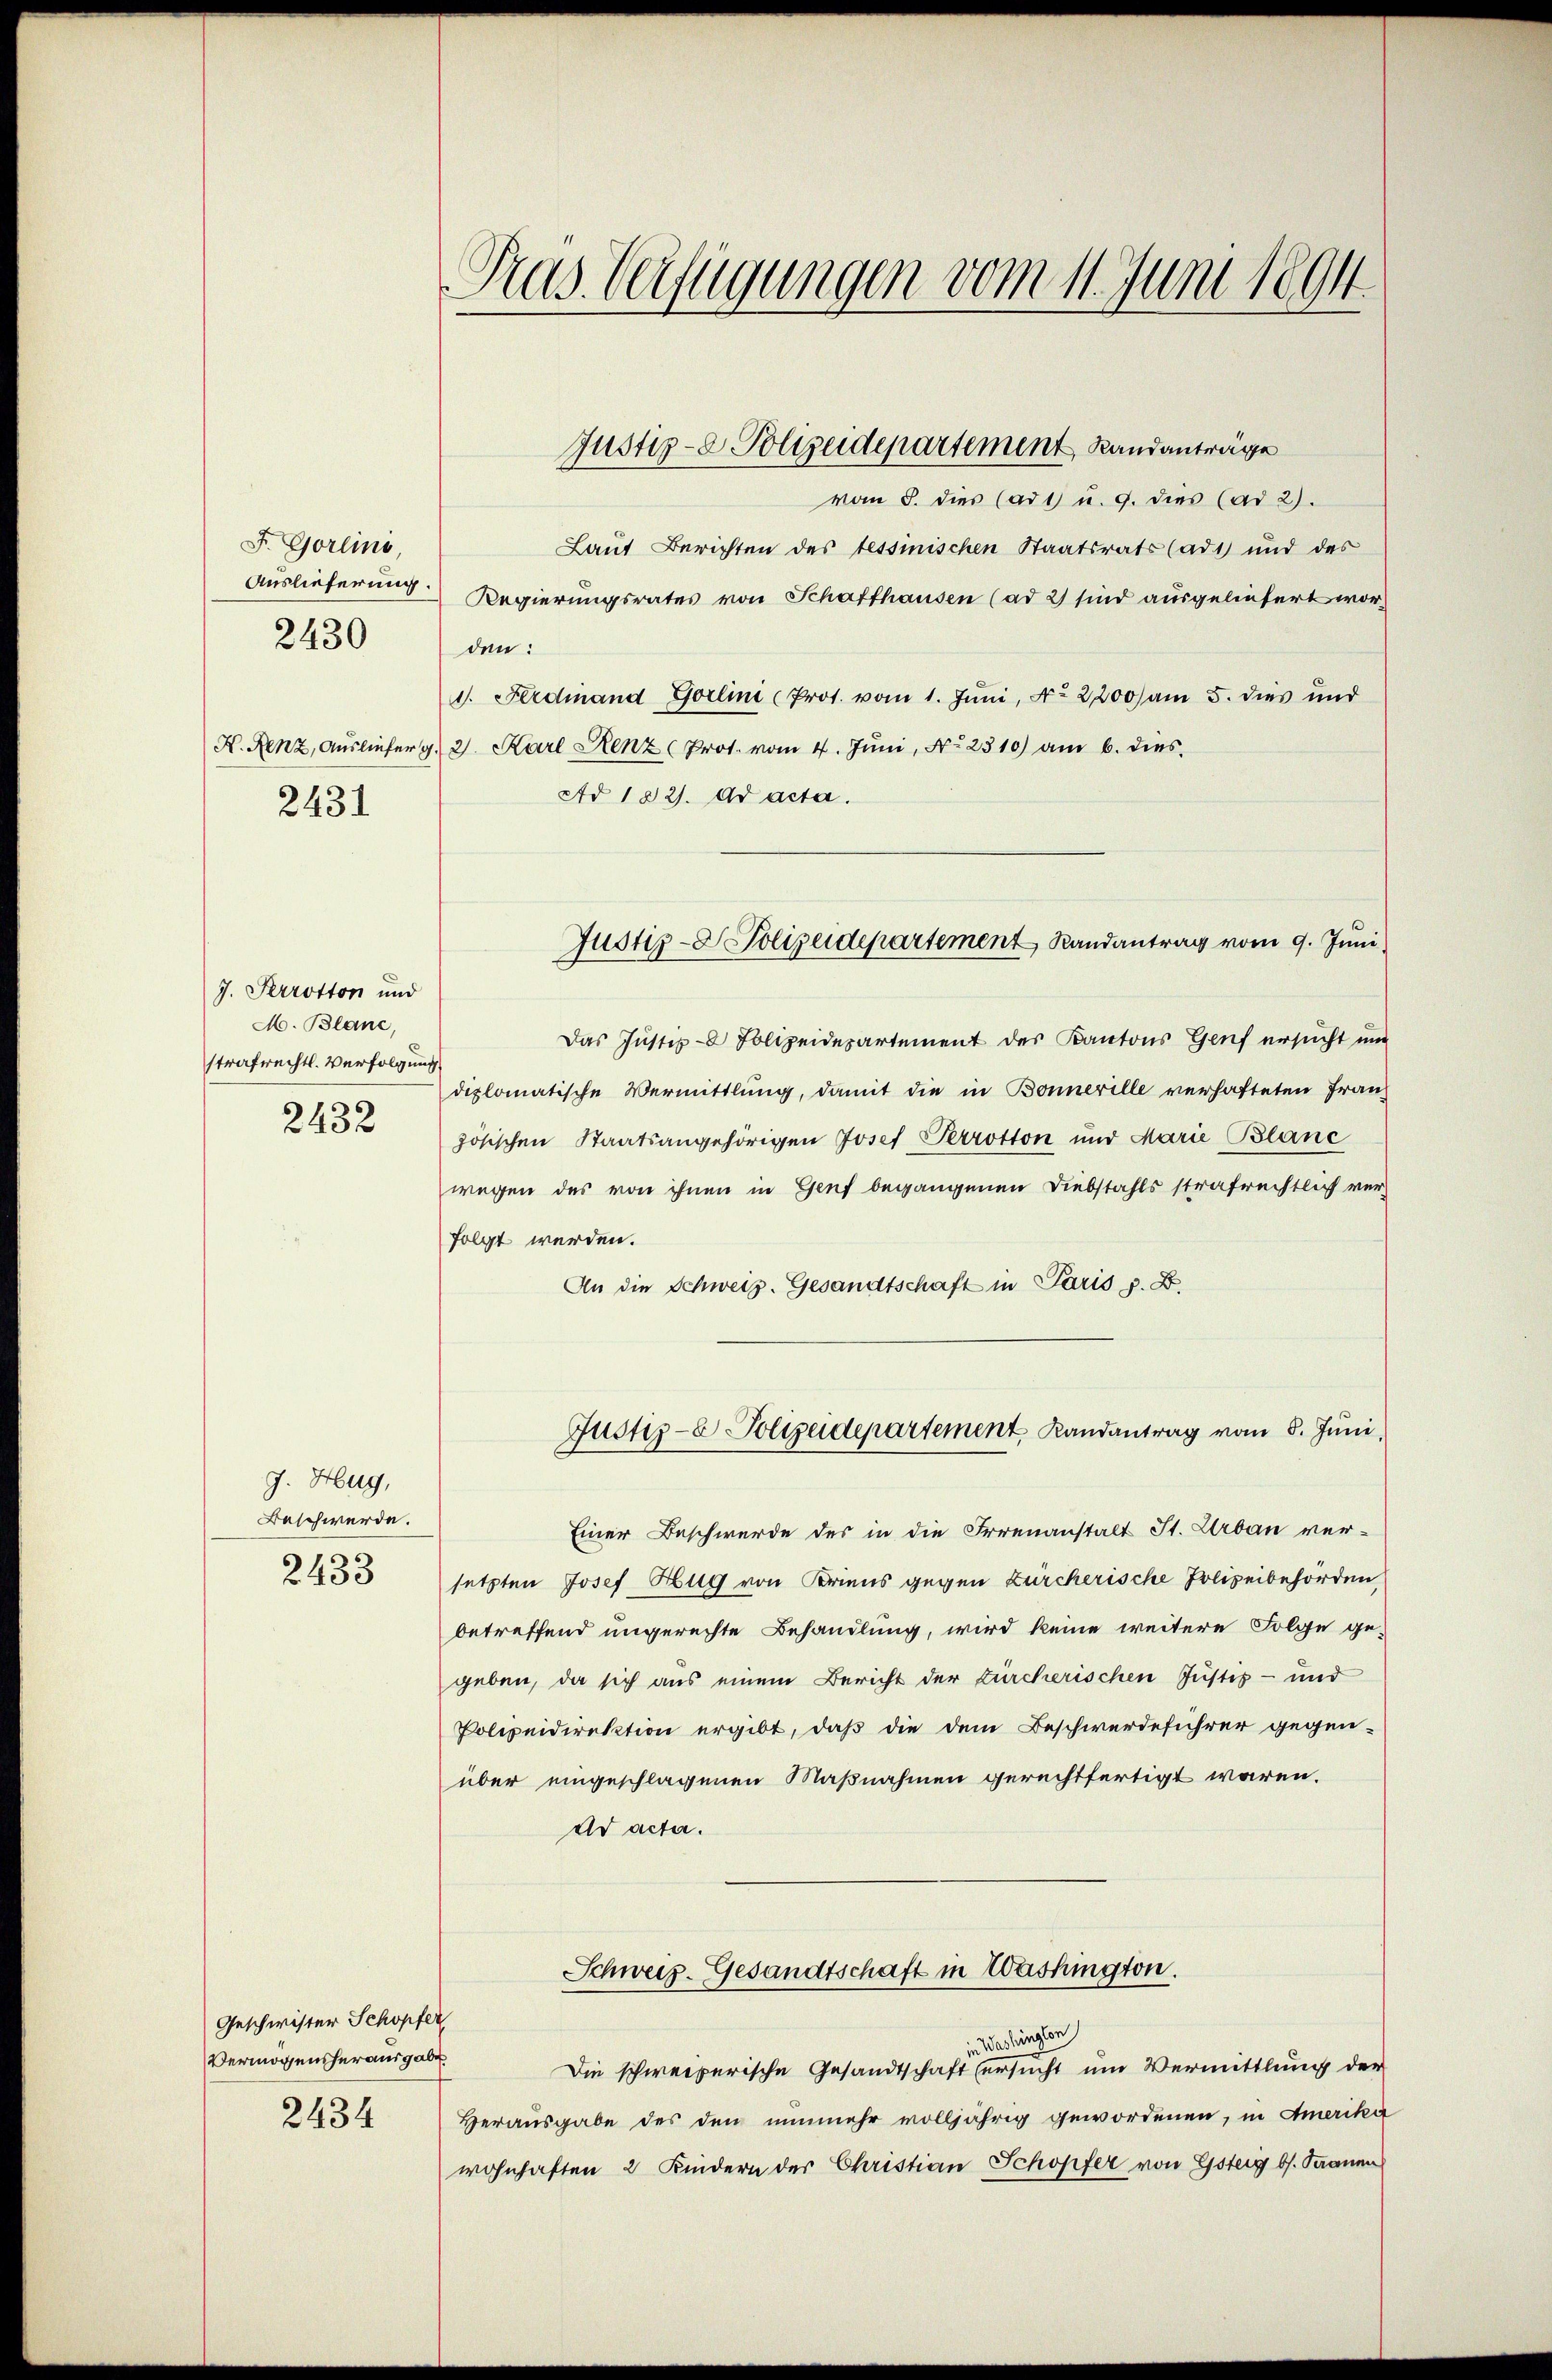
F. Gorlini,
Auslieferung.
2430

K. Renz, Ausliefer g
2431

J. Perrotton und
M. Blanc,
strafrechtl. Verfolgung
2432

J. Hug,
Beschwerde.
2433

Geschwister Schopfer
Vermögensherausgabe
2434

Tras Verfügungen vom 1. Juni 1894

Justiz- & Polizeidepartement, Randanträge

Justiz- & Polizeidepartement Randantrag vom 9. Juni

vom 8. dies (ad1 u. 9. dies (ad 2).
Laut Berichten des tessinischen Staatsrats (ad1) und des
Regierungsrates von Schaffhausen (ad 2) sind ausgeliefert worden:
1. Ferdinand Gorlini (Prot. vom 1. Jŭni, No. 2200) am 5. dies und
2. Karl Renz Prot. vom 4. Juni, No. 2310) am 6. dies
Ad 1821. ad acta.
Das Justiz- Polizeidepartement des Kantons Genf ersucht un
diplomatische Vermittlung, damit die in Bonnerille verhafteten Franz
zösischen Staatsangehörigen Josef Perrotton und Marie Blanc
wegen des von ihnen in Genf begangenen Diebstahls strafrechtlich verfolgt werden.
An die Schweiz. Gesandtschaft in Paris z. B.
Justiz- & Polizeidepartement, Randantrag vom 8. Juni,
Einer Beschwerde des in die Irrenanstalt St. Urban ver-
setzten Josef Hug von Briens gegen Zürcherische Polizeibehörden,
betreffend ungerechte Behandlung, wird keine weitere Folge gegeben, da sich aus einem Bericht der Zürcherischen Justiz- und
Polizeidirektion ergibt, daß die dem Beschwerdeführer gegen-
über eingeschlagenen Maßnahmen gerechtfertigt waren.
Ad acta.
Schweis- Gesandtschaft in Washington.
Washingen
Die schweizerische Gesandtschaft ersucht um Vermittlung der
Herausgabe des den nunmehr volljährig gewordenen, in Amerika
wohnhaften 2 Kindern der Christian Schopfer von Gsteig bl. Saanen